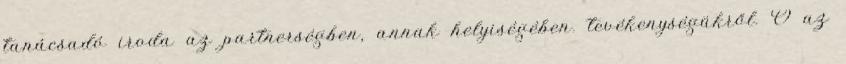
tanácsadó iroda az partnerségben, annak helyiségében. tevékenységükről. Ő az